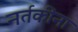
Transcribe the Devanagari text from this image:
नर्तकींना